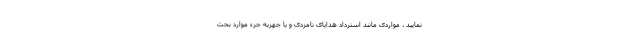
نمایید ، مواردی مانند استرداد هدایای نامزدی و یا جهزیه جزء موارد بحث